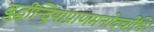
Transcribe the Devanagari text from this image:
बुद्धीन्द्रियाप्राणमनोवचोभिः